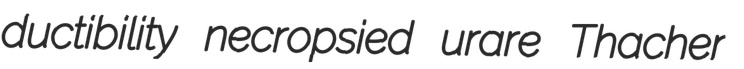
ductibility necropsied urare Thacher